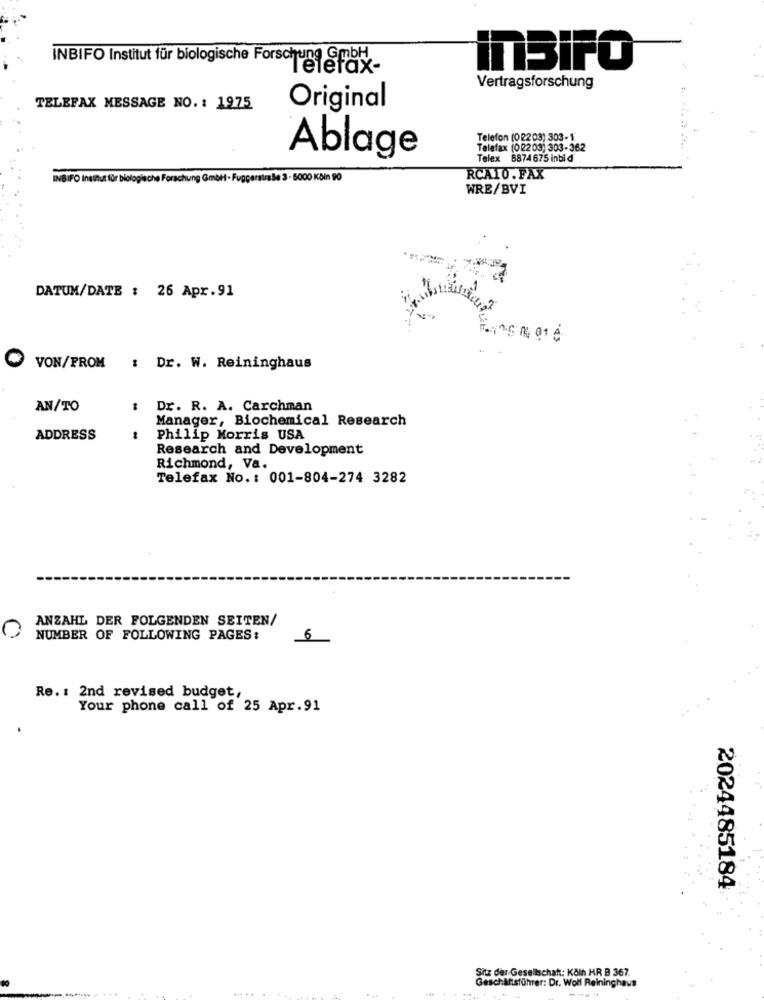
INBIFO Institut für biologische Forschung GmbH
lefax-
InSIFO
Vertragsforschung
TELEFAX MESSAGE NO. : 1975
Original
Telefon (02203) 303- 1
Telefax (02203) 303-362
Ablage
x 8874 675 inbid
INBIFO Institut für biologische Forschung GmbH · Fuggerstra Be 3 - 5000 Köln 90
RCA10. FAX
WRE/BVI
DATUM/DATE : 26 Apr.91
VON/FROM : Dr. W. Reininghaus
AN/TO
Dr. R. A. Carchman
Manager, Biochemical Research
ADDRESS
Philip Morris USA
Research and Development
Richmond, Va.
Telefax No .: 001-804-274 3282
ANZAHL DER FOLGENDEN SEITEN/
0
NUMBER OF FOLLOWING PAGES:
6
Re. : 2nd revised budget,
Your phone call of 25 Apr.91
2024485184
Sitz der Gesellschaft: Köln HR B 367.
Geschäftsführer: Dr. Wolf Reininghaus